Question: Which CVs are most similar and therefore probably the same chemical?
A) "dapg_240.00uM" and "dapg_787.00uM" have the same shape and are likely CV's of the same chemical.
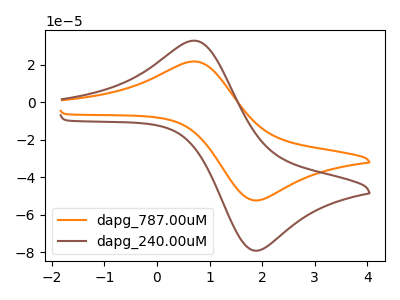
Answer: <think>The orange curve "dapg_787.00uM" has an anodic peak at (0.70V, 21.65uA) and a cathodic peak at (1.95V, -52.15uA). The brown curve "dapg_240.00uM" has an anodic peak at (0.70V, 32.70uA) and a cathodic peak at (1.95V, -78.85uA).
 All the peaks in "dapg_787.00uM" have a peak in "dapg_240.00uM" at the same potential. Every peak in "dapg_787.00uM" is lower than every peak in "dapg_240.00uM".</think>
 <answer>A) "dapg_240.00uM" and "dapg_787.00uM" have the same shape and are likely CV's of the same chemical.</answer>
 <eval>A</eval>